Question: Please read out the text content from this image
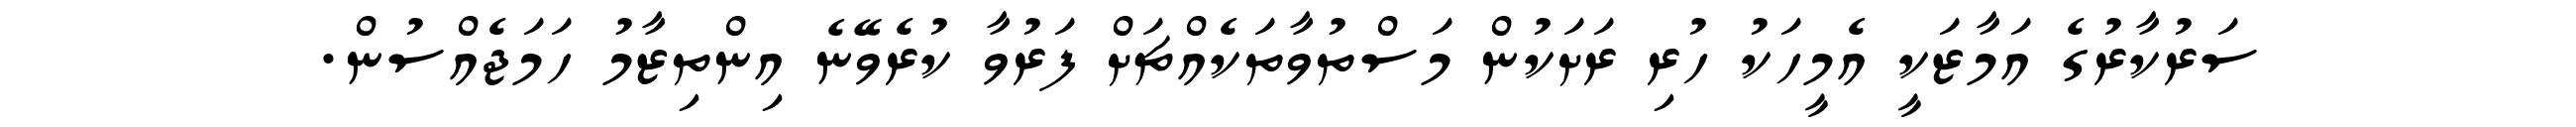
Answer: ސަރުކާރުގެ އަމާޒަކީ އެމީހަކު ހުރި ރަށަކުން މަސްތުވާތަކެއްޗަށް ފަރުވާ ކުރެވޭނެ އިންތިޒާމު ހަމަޖެއްސުން.